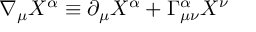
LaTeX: \nabla _ { \mu } X ^ { \alpha } \equiv \partial _ { \mu } X ^ { \alpha } + \Gamma _ { \mu \nu } ^ { \alpha } X ^ { \nu }